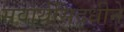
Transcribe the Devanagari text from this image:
सर्वार्थसिद्धीने